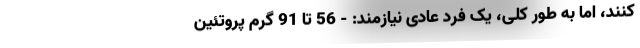
کنند، اما به طور کلی، یک فرد عادی نیازمند: - 56 تا 91 گرم پروتئین